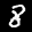
Label: 8